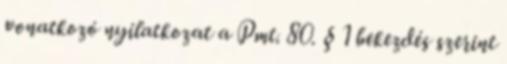
vonatkozó nyilatkozat a Pmt. 80. § 1 bekezdés szerint